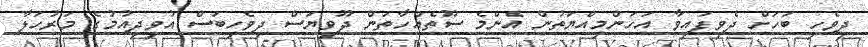
ދިވެހި ބަހަށް ދެވިފައިވާ އަހަންމިއްޔަތުން އެންމެ ސޫތެއްހާތަން ދޫވިޔަސް ދިވެހިބަސް އުވިދިއުމުގެ މަރުހަލާ